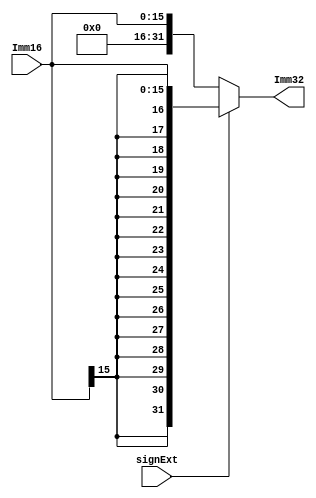
module imm_ext(Imm16, signExt, Imm32);
    
   input  [15:0] Imm16;
   input         signExt;
   output [31:0] Imm32;
   
   assign Imm32 = (signExt) ? {{16{Imm16[15]}}, Imm16} : {16'd0, Imm16}; // signed-extension or zero extension
       
endmodule